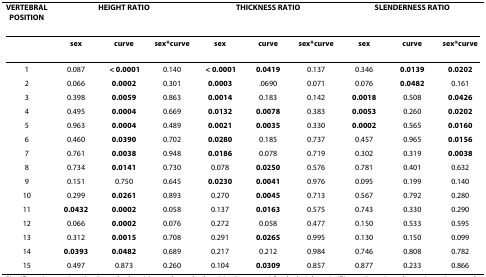
<table><thead><tr><td><b>VERTEBRAL POSITION</b></td><td colspan="3"><b>HEIGHT RATIO</b></td><td colspan="3"><b>THICKNESS RATIO</b></td><td colspan="3"><b>SLENDERNESS RATIO</b></td></tr></thead><tbody><tr><td></td><td><b>sex</b></td><td><b>curve</b></td><td><b>sex*curve</b></td><td><b>sex</b></td><td><b>curve</b></td><td><b>sex*curve</b></td><td><b>sex</b></td><td><b>curve</b></td><td><b>sex*curve</b></td></tr><tr><td>1</td><td>0.087</td><td><b> &lt; 0.0001</b></td><td>0.140</td><td><b> &lt; 0.0001</b></td><td><b>0.0419</b></td><td>0.137</td><td>0.346</td><td><b>0.0139</b></td><td><b>0.0202</b></td></tr><tr><td>2</td><td>0.066</td><td><b>0.0002</b></td><td>0.301</td><td><b>0.0003</b></td><td>.0690</td><td>0.071</td><td>0.076</td><td><b>0.0482</b></td><td>0.161</td></tr><tr><td>3</td><td>0.398</td><td><b>0.0059</b></td><td>0.863</td><td><b>0.0014</b></td><td>0.183</td><td>0.142</td><td><b>0.0018</b></td><td>0.508</td><td><b>0.0426</b></td></tr><tr><td>4</td><td>0.495</td><td><b>0.0004</b></td><td>0.669</td><td><b>0.0132</b></td><td><b>0.0078</b></td><td>0.383</td><td><b>0.0053</b></td><td>0.260</td><td><b>0.0202</b></td></tr><tr><td>5</td><td>0.963</td><td><b>0.0004</b></td><td>0.489</td><td><b>0.0021</b></td><td><b>0.0035</b></td><td>0.330</td><td><b>0.0002</b></td><td>0.565</td><td><b>0.0160</b></td></tr><tr><td>6</td><td>0.460</td><td><b>0.0390</b></td><td>0.702</td><td><b>0.0280</b></td><td>0.185</td><td>0.737</td><td>0.457</td><td>0.965</td><td><b>0.0156</b></td></tr><tr><td>7</td><td>0.761</td><td><b>0.0038</b></td><td>0.948</td><td><b>0.0186</b></td><td>0.078</td><td>0.719</td><td>0.302</td><td>0.319</td><td><b>0.0038</b></td></tr><tr><td>8</td><td>0.734</td><td><b>0.0141</b></td><td>0.730</td><td>0.078</td><td><b>0.0250</b></td><td>0.576</td><td>0.781</td><td>0.401</td><td>0.632</td></tr><tr><td>9</td><td>0.151</td><td>0.750</td><td>0.645</td><td><b>0.0230</b></td><td><b>0.0041</b></td><td>0.976</td><td>0.095</td><td>0.199</td><td>0.140</td></tr><tr><td>10</td><td>0.299</td><td><b>0.0261</b></td><td>0.893</td><td>0.270</td><td><b>0.0045</b></td><td>0.713</td><td>0.567</td><td>0.792</td><td>0.280</td></tr><tr><td>11</td><td><b>0.0432</b></td><td><b>0.0002</b></td><td>0.058</td><td>0.137</td><td><b>0.0163</b></td><td>0.575</td><td>0.743</td><td>0.330</td><td>0.290</td></tr><tr><td>12</td><td>0.066</td><td><b>0.0002</b></td><td>0.076</td><td>0.272</td><td>0.058</td><td>0.477</td><td>0.150</td><td>0.533</td><td>0.595</td></tr><tr><td>13</td><td>0.312</td><td><b>0.0015</b></td><td>0.708</td><td>0.291</td><td><b>0.0265</b></td><td>0.995</td><td>0.130</td><td>0.150</td><td>0.099</td></tr><tr><td>14</td><td><b>0.0393</b></td><td><b>0.0482</b></td><td>0.689</td><td>0.217</td><td>0.212</td><td>0.984</td><td>0.746</td><td>0.808</td><td>0.782</td></tr><tr><td>15</td><td>0.497</td><td>0.873</td><td>0.260</td><td>0.104</td><td><b>0.0309</b></td><td>0.857</td><td>0.877</td><td>0.233</td><td>0.866</td></tr></tbody></table>